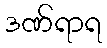
ဒဏ်ရာရ